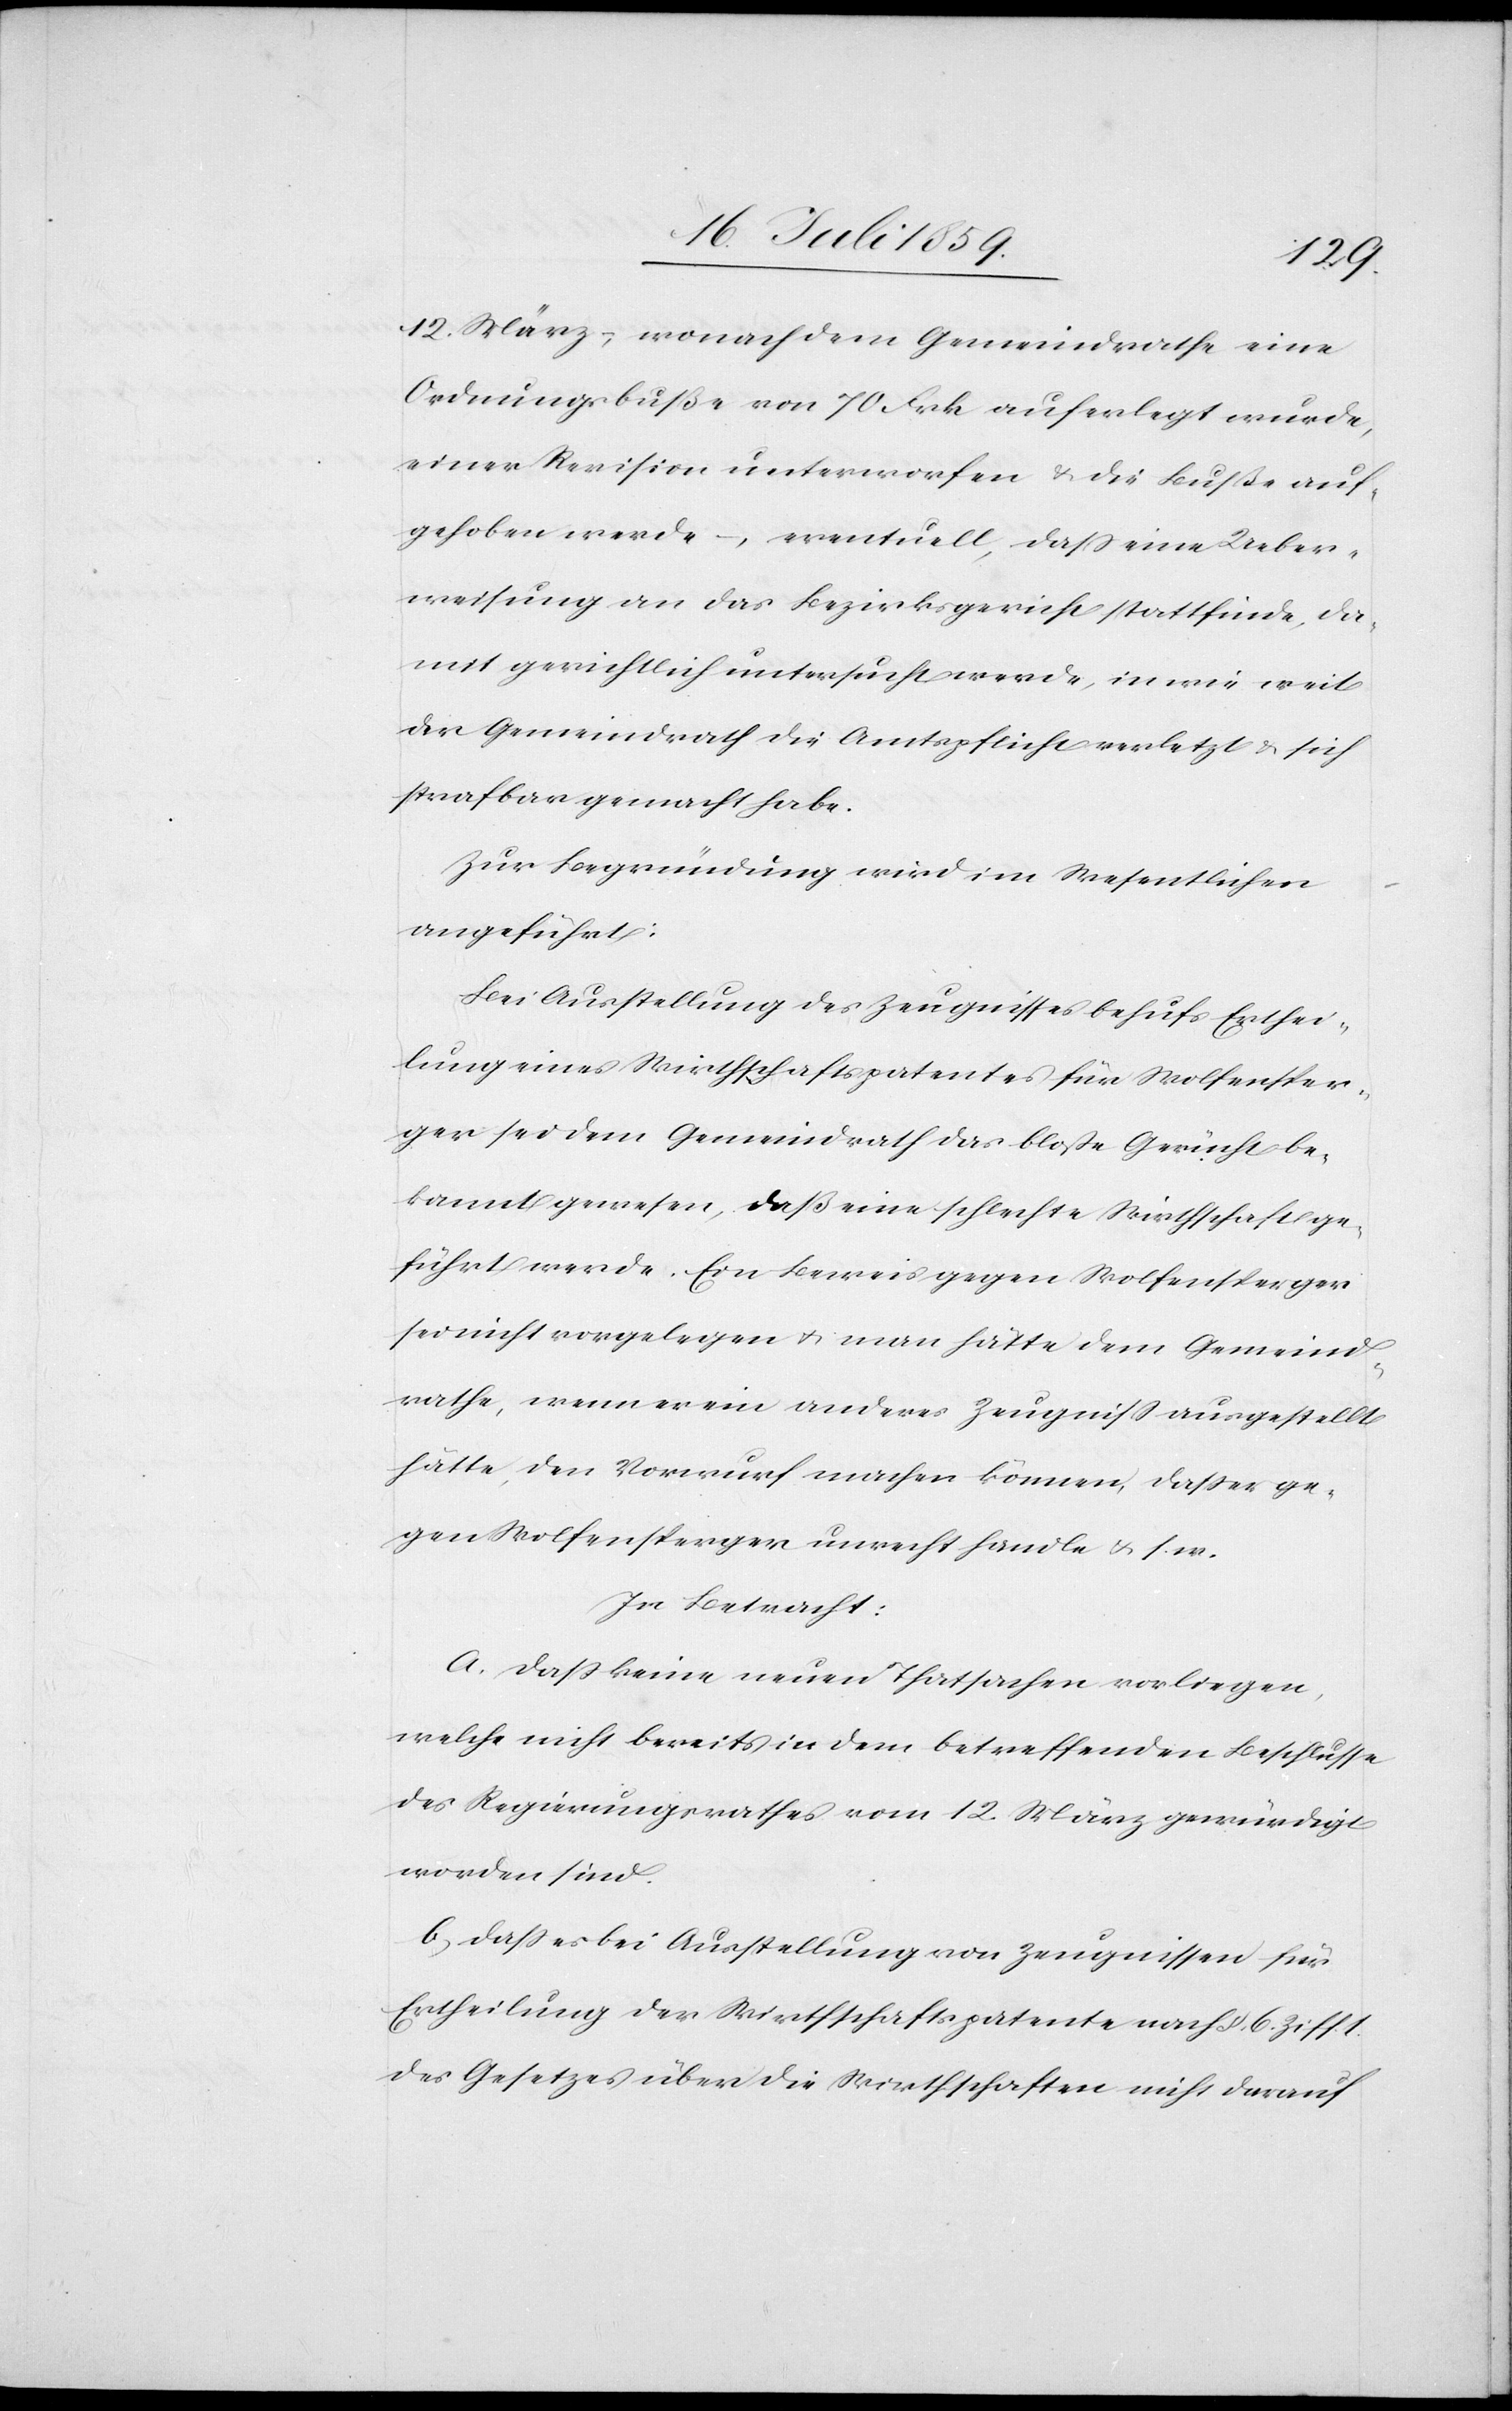
12. März, wonach dem Gemeindrathe eine
Ordnungsbuße von 70 Frk. auferlegt wurde,
einer Revision unterworfen u. die Buße auf¬
gehoben werde, eventuell, daß eine Ueber¬
weisung an das Bezirksgericht stattfinde, da¬
mit gerichtlich untersucht werde, in wie weit
der Gemeindrath die Amtspflicht verletzt u. sich
strafbar gemacht habe.
Zur Begründung wird im Wesentlichen
angeführt:
Bei Ausstellung des Zeugnisses behufs Entschei¬
dung eines Wirthschaftspatentes für Wolfensper¬
ger sei dem Gemeindrath das bloße Gerücht be¬
kannt gewesen, daß eine schlechte Wirthschaft ge¬
führt werde. Ein Beweis gegen Wolfensperger
sei nicht vorgelegen u. man hätte dem Gemeind¬
rathe, wenn er ein anderes Zeugniß ausgestellt
hätte, den Vorwurf machen können, daß er ge¬
gen Wolfensperger unrecht handle u. s. w.
In Betracht:
a. Daß keine neuen Thatsachen vorliegen,
welche nicht bereits in dem betreffenden Beschlusse
des Regierungsrathes vom 12. März gewürdigt
worden sind.
b. Daß es bei Ausstellung von Zeugnissen für
Ertheilung der Wirthschaftspatente nach § 6. Ziff.
des Gesetzes über die Wirthschaften nicht darauf